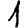
Digit: 1